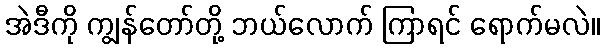
အဲဒီကို ကျွန်တော်တို့ ဘယ်လောက် ကြာရင် ရောက်မလဲ။